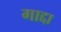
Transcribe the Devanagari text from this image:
गाद्दा